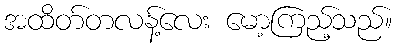
အထိတ်တလန့်လေး မော့ကြည့်သည်။